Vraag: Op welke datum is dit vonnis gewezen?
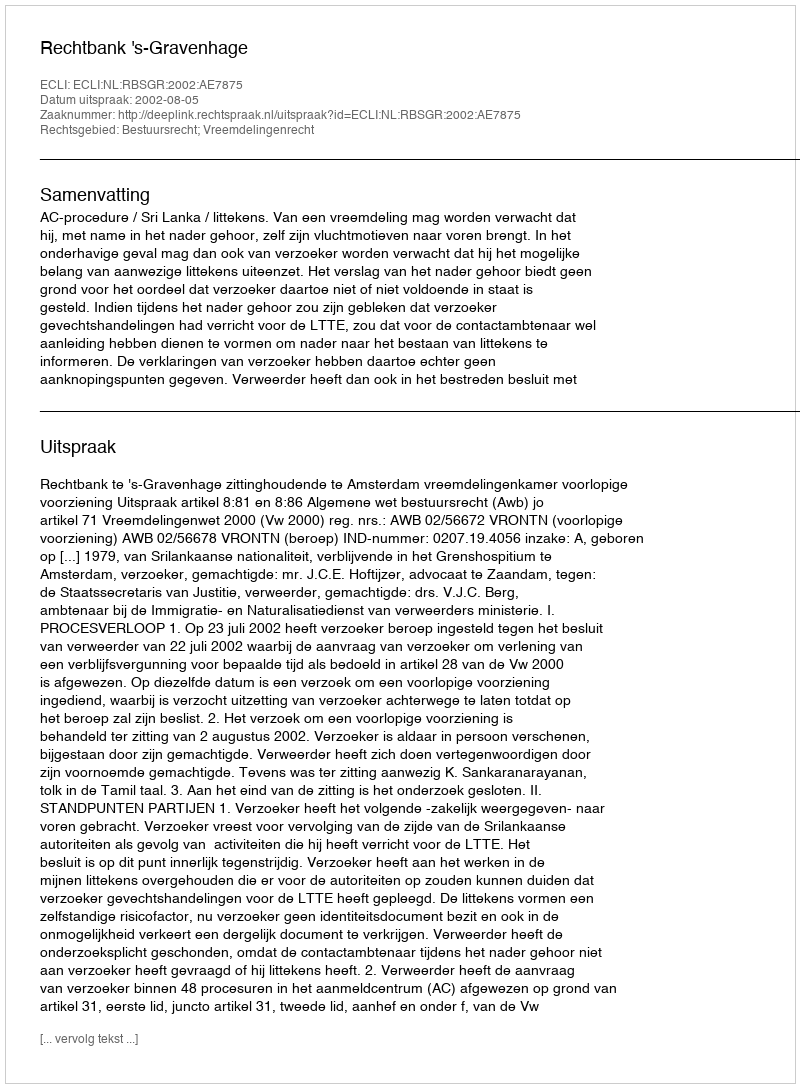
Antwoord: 2002-08-05